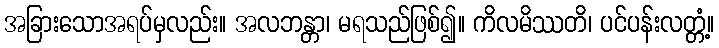
အခြားသောအရပ်မှလည်း။ အလဘန္တာ၊ မရသည်ဖြစ်၍။ ကိလမိဿတိ၊ ပင်ပန်းလတ္တံ့။